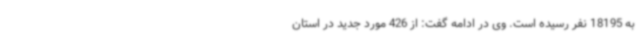
به 18195 نفر رسیده است. وی در ادامه گفت: از 426 مورد جدید در استان